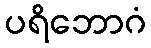
ပရိဘောဂံ